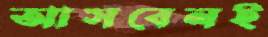
আসবেনই